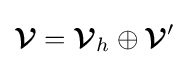
{\boldsymbol {\mathcal {V}}}={\boldsymbol {\mathcal {V}}}_{h}\oplus {\boldsymbol {\mathcal {V}}}'